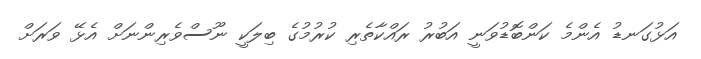
އަޅުގަނޑު އެންމެ ކަންބޮޑުވަނީ އަބުރު ރައްކާތެރި ކުރުމުގެ ބިލަކީ ނޫސްވެރިންނަށް އެޅޭ ވަރަށް